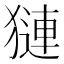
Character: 𬍁